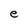
Character: e